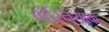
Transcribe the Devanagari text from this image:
बोस्नियाक